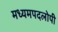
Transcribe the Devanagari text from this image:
मध्यमपदलोपी